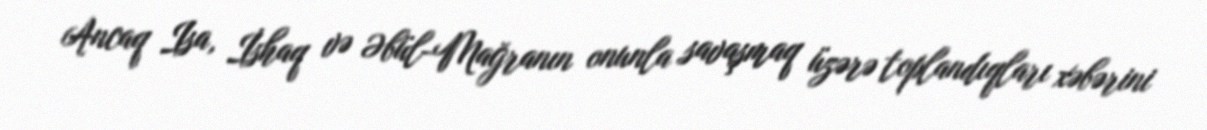
Ancaq Isa, İshaq və Əbül-Mağranın onunla savaşmaq üzərə toplandıqları xəbərini